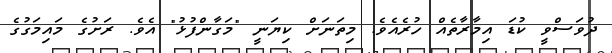
ދުވަސްވީ ކުޑަ އިމާރާތެއް ހުރެއެވެ. މިތަނަށް ކިޔަނީ "މަގާންފުޅު" އެވެ. ރަށުގެ މައިމަގުގެ